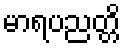
မာရပညတ္တိ